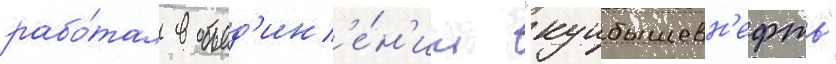
рабо́тал в объед'ин'е́н'ии "куибышевн'ефть"